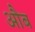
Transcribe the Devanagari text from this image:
औब